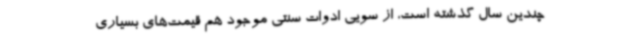
چندین سال گذشته است، از سویی ادوات سنتی موجود هم قیمت‌های بسیاری